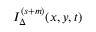
I _ { \Delta } ^ { ( s + m ) } ( x , y , t )